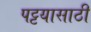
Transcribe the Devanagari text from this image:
पट्टयासाठी